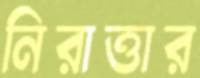
নিরাত্তার